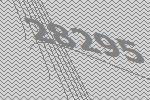
28295